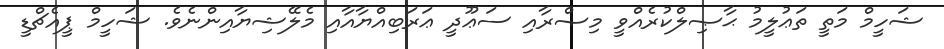
ޝަހީމް މަތީ ތަޢުލީމު ޙާޞިލްކުރެއްވީ މިޞްރާއި ސަޢޫދީ ޢަރަބިއްޔާއާއި މެލޭޝިޔާއިންނެވެ. ޝަހީމް ޕީއެޗްޑީ